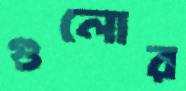
গুলোর